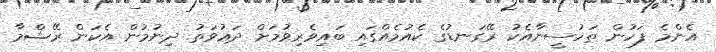
އެންމެ ފަހުން ތަހުސީނާއެކު ރޭގަނޑުގެ ކެއުމެއްގައި ބައިވެރިވުމަށް ދަޢުވަތު ދިނުމުން އެކަން ރޭޝްމާ